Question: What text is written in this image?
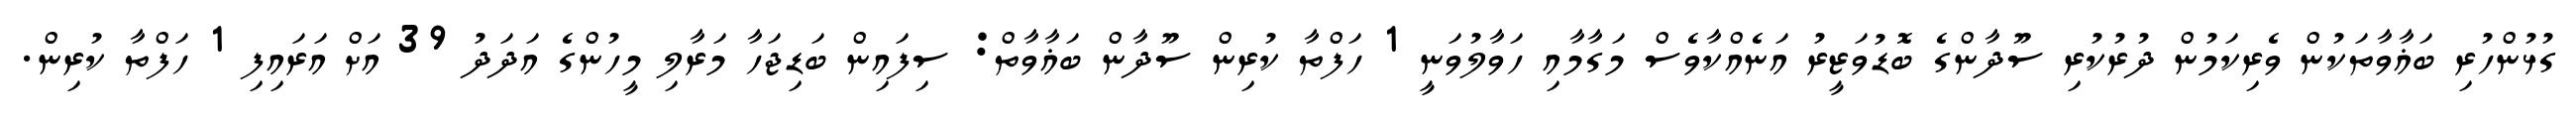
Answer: ގުޅުންހުރި ބަޣާވާތަކުން ވެރިކަމުން ދުރުކުރި ސޫދާންގެ ބޮޑުވަޒީރު އަނެއްކާވެސް މަގާމާއި ހަވާލުވަނީ 1 ހަފްތާ ކުރިން ސޫދާން ބަޣާވާތް: ސިފައިން ބަޑިޖަހާ މަރާލި މީހުންގެ އަދަދު 39 އަށް އަރައިފި 1 ހަފްތާ ކުރިން.